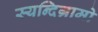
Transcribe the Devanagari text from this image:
स्यन्दिग्रामो